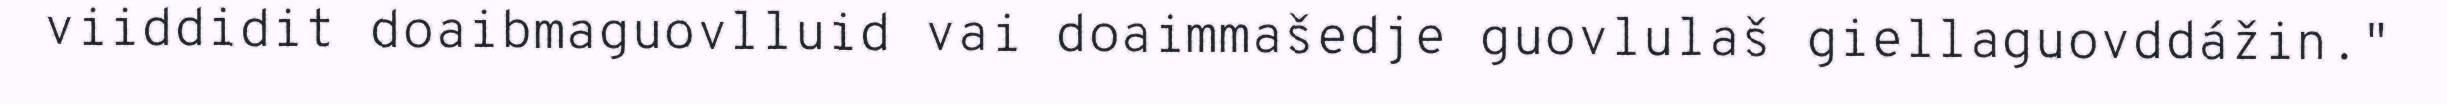
viiddidit doaibmaguovlluid vai doaimmašedje guovlulaš giellaguovddážin."